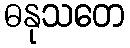
ဓနုသတေ